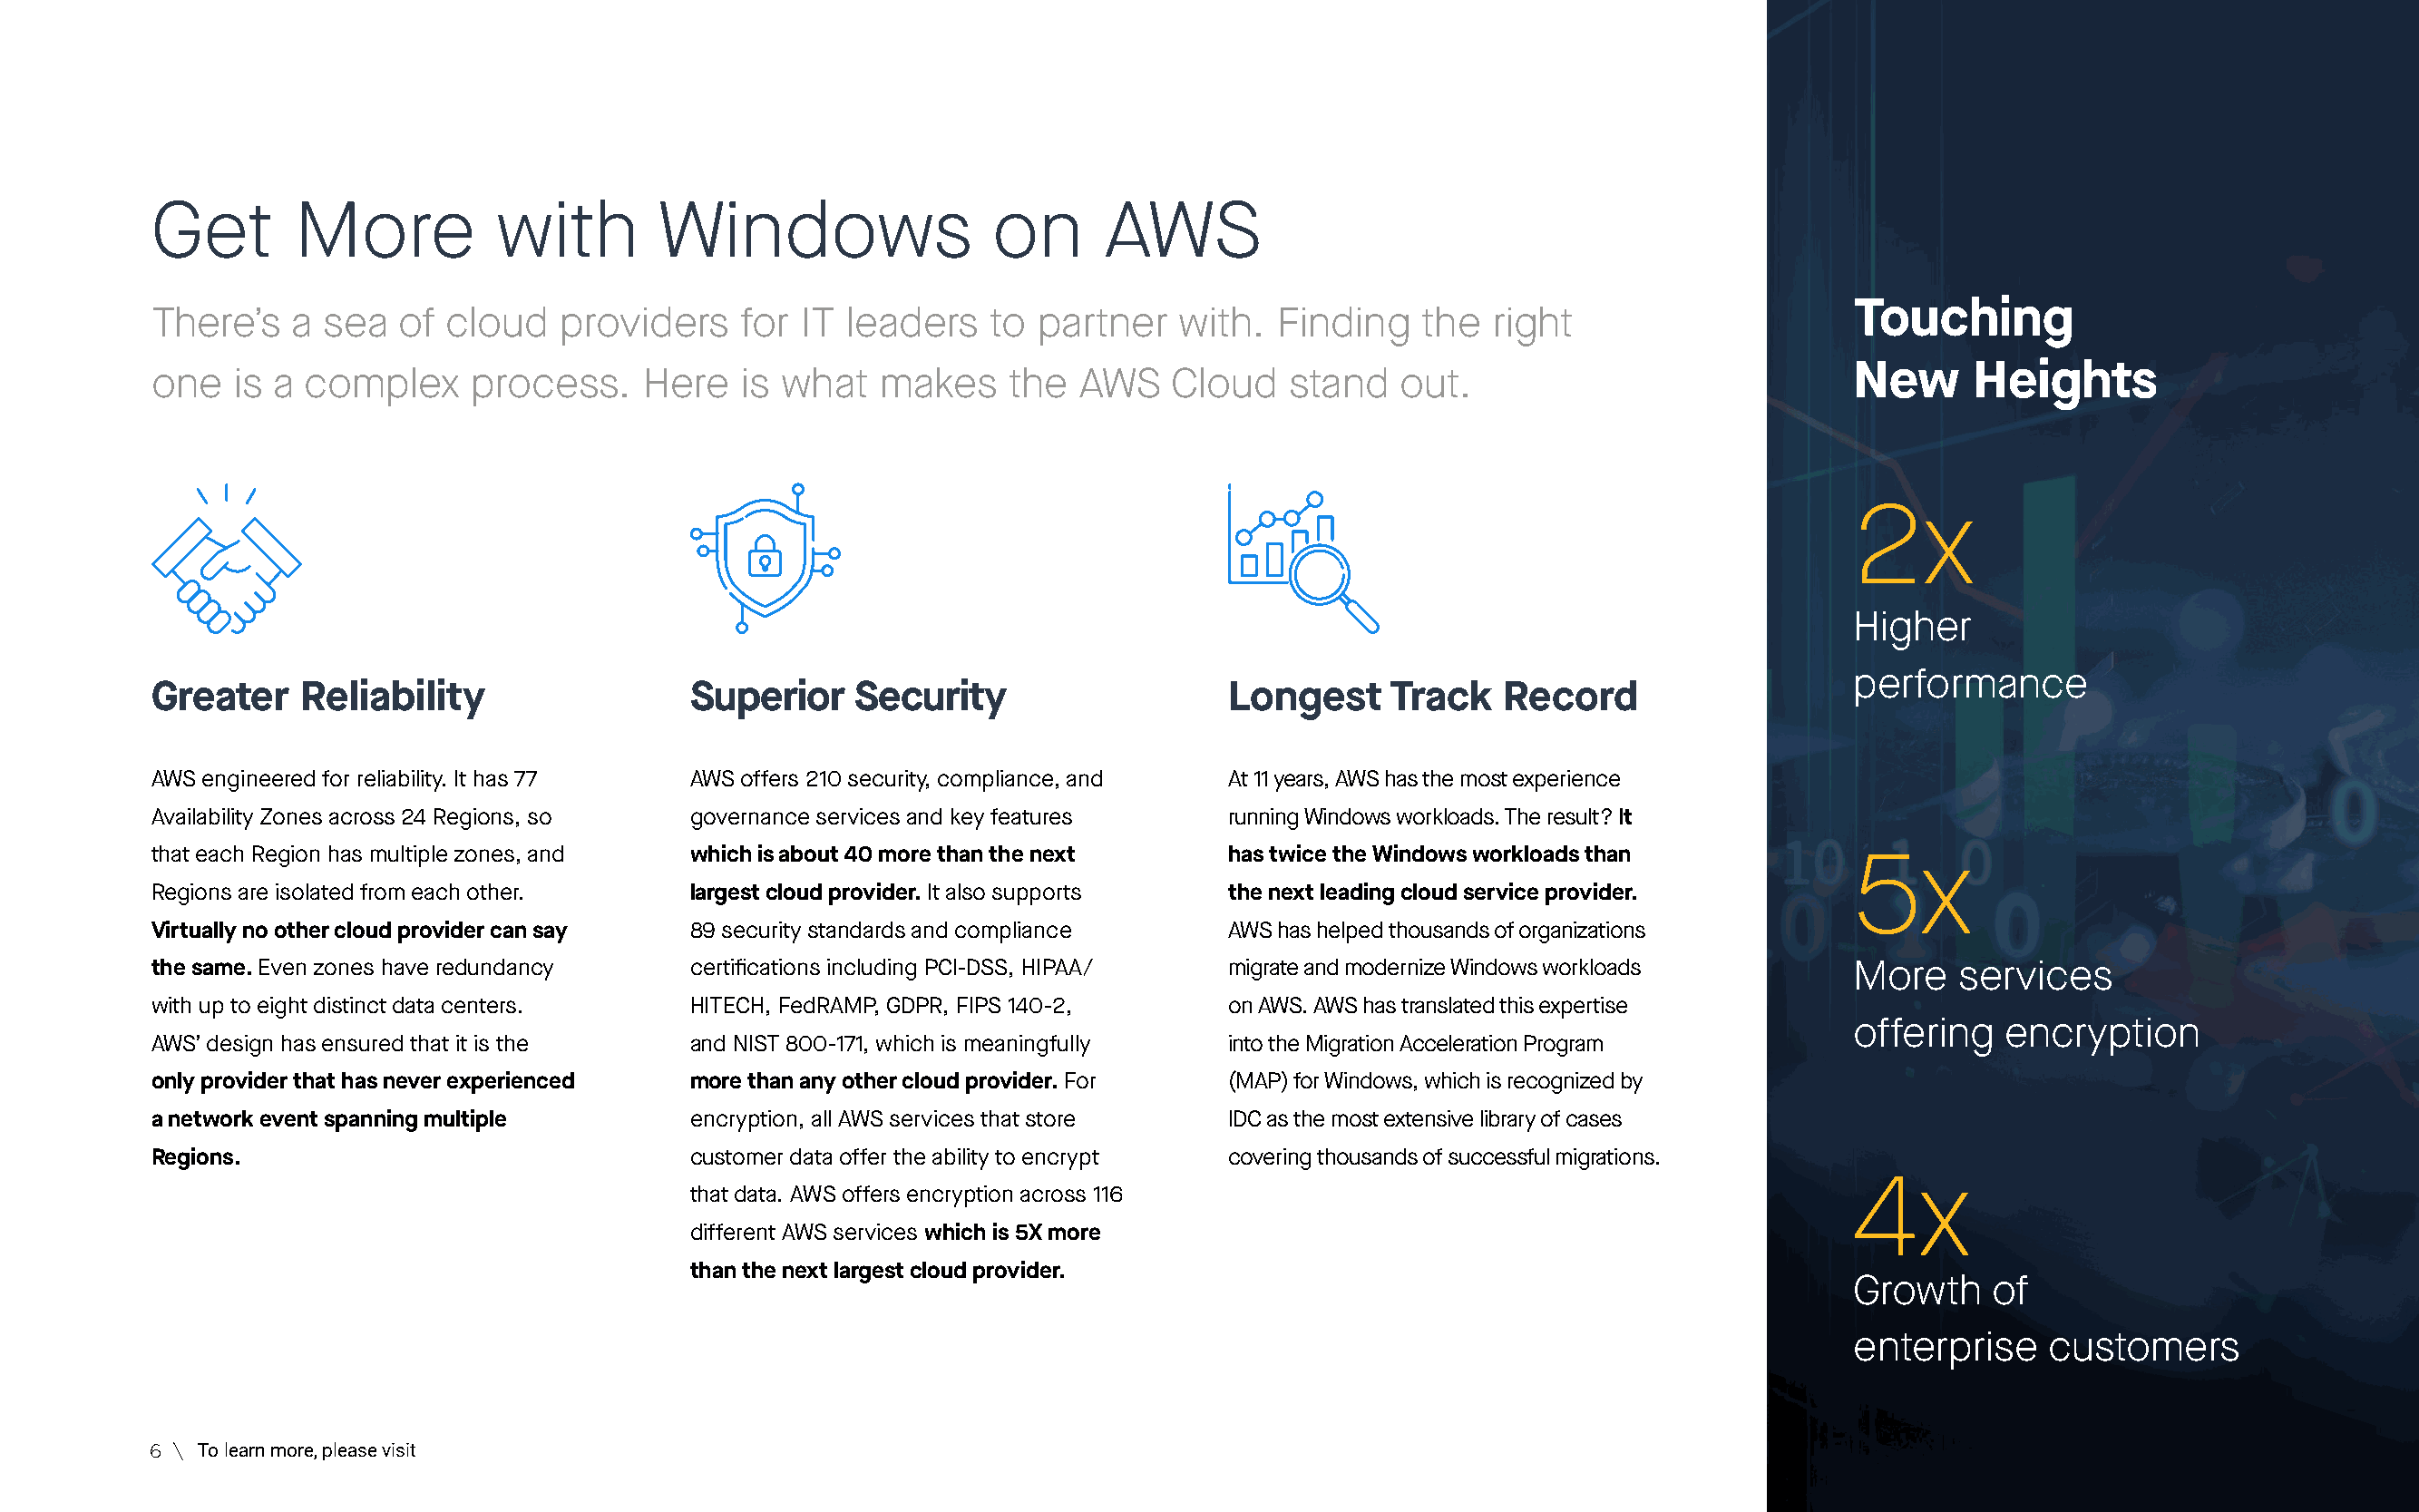
Get        More          with        Windows                 on       AWS
 Touching
 There’s   a  sea  of  cloud   providers    for IT  leaders   to  partner   with.  Finding    the  right
 New      Heights
 one   is a complex     process.     Here   is what   makes     the  AWS    Cloud   stand   out.
 2x
 Higher
 performance
 Greater    Reliability                 Superior    Security                    Longest    Track    Record
 AWS engineered for reliability. It has 77 AWS offers 210 security, compliance, and At 11 years, AWS has the most experience
 Availability Zones across 24 Regions, so governance services and key features  running Windows workloads. The result? It
 that each Region has multiple zones, and which is about 40 more than the next  has twice the Windows workloads than         5x
 Regions are isolated from each other.  largest cloud provider. It also supports the next leading cloud service provider.
 Virtually no other cloud provider can say 89 security standards and compliance AWS has helped thousands of organizations
 the same. Even zones have redundancy   certifications including PCI-DSS, HIPAA/ migrate and modernize Windows workloads     More    services
 with up to eight distinct data centers. HITECH, FedRAMP, GDPR, FIPS 140-2,     on AWS. AWS has translated this expertise
 offering   encryption
 AWS’ design has ensured that it is the and NIST 800-171, which is meaningfully into the Migration Acceleration Program
 only provider that has never experienced more than any other cloud provider. For (MAP) for Windows, which is recognized by
 a network event spanning multiple      encryption, all AWS services that store IDC as the most extensive library of cases
 Regions.                               customer data offer the ability to encrypt covering thousands of successful migrations.
 4x
 that data. AWS offers encryption across 116
 different AWS services which is 5X more
 than the next largest cloud provider.
 Growth    of
 enterprise    customers
 6 \ To learn more, please visit